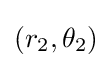
(r_{2},\theta _{2})